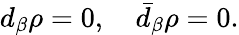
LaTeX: d_{\beta}\rho=0,\quad\bar{d}_{\beta}\rho=0.